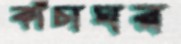
কাঁচাঘর